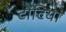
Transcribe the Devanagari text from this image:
टोंटियां